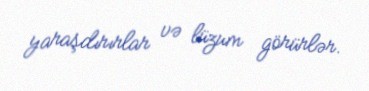
yaraşdırırlar və lüzum görürlər.